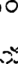
.